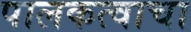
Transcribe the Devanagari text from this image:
पालकत्वाचा